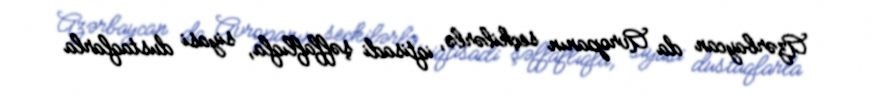
Azərbaycan da Avropanın seçkilərlə, iqtisadi şəffaflıqla, siyasi dustaqlarla